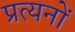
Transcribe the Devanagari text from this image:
प्रत्यनों